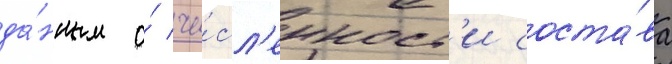
да́нным о́ чи́сл'енност'и соста́ва